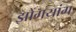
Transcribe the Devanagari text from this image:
झोंगयांग